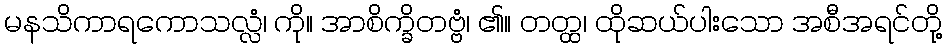
မနသိကာရကောသလ္လံ၊ ကို။ အာစိက္ခိတဗ္ဗံ၊ ၏။ တတ္ထ၊ ထိုဆယ်ပါးသော အစီအရင်တို့